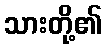
သားတို့၏